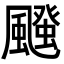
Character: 𮨱